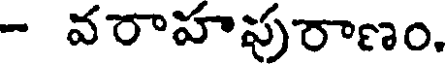
- వరాహపురాణం.